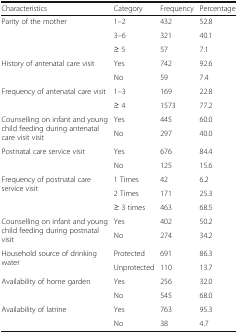
| Characteristics | Category | Frequency | Percentage |
 | --- | --- | --- | --- |
 | <ROWSPAN=3> Parity of the mother | 1–2 | 432 | 52.8 |
 | 3–6 | 321 | 40.1 |
 | ≥ 5 | 57 | 7.1 |
 | <ROWSPAN=2> History of antenatal care visit | Yes | 742 | 92.6 |
 | No | 59 | 7.4 |
 | <ROWSPAN=2> Frequency of antenatal care visit | 1–3 | 169 | 22.8 |
 | ≥ 4 | 1573 | 77.2 |
 | <ROWSPAN=2> Counselling on infant and young child feeding during antenatal care visit visit | Yes | 445 | 60.0 |
 | No | 297 | 40.0 |
 | <ROWSPAN=2> Postnatal care service visit | Yes | 676 | 84.4 |
 | No | 125 | 15.6 |
 | <ROWSPAN=3> Frequency of postnatal care service visit | 1 Times | 42 | 6.2 |
 | 2 Times | 171 | 25.3 |
 | ≥ 3 times | 463 | 68.5 |
 | <ROWSPAN=2> Counselling on infant and young child feeding during postnatal visit | Yes | 402 | 50.2 |
 | No | 274 | 34.2 |
 | <ROWSPAN=2> Household source of drinking water | Protected | 691 | 86.3 |
 | Unprotected | 110 | 13.7 |
 | <ROWSPAN=2> Availability of home garden | Yes | 256 | 32.0 |
 | No | 545 | 68.0 |
 | <ROWSPAN=2> Availability of latrine | Yes | 763 | 95.3 |
 | No | 38 | 4.7 |